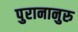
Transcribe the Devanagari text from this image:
पुरानानुरु